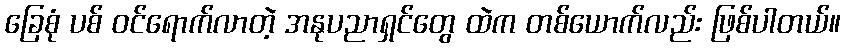
ခြေစုံ ပစ် ဝင်ရောက်လာတဲ့ အနုပညာရှင်တွေ ထဲက တစ်ယောက်လည်း ဖြစ်ပါတယ်။